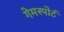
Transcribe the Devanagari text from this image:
गेमस्पोर्ट